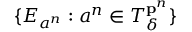
\{ E _ { a ^ { n } } : a ^ { n } \in T _ { \delta } ^ { \mathbf { p } ^ { n } } \}